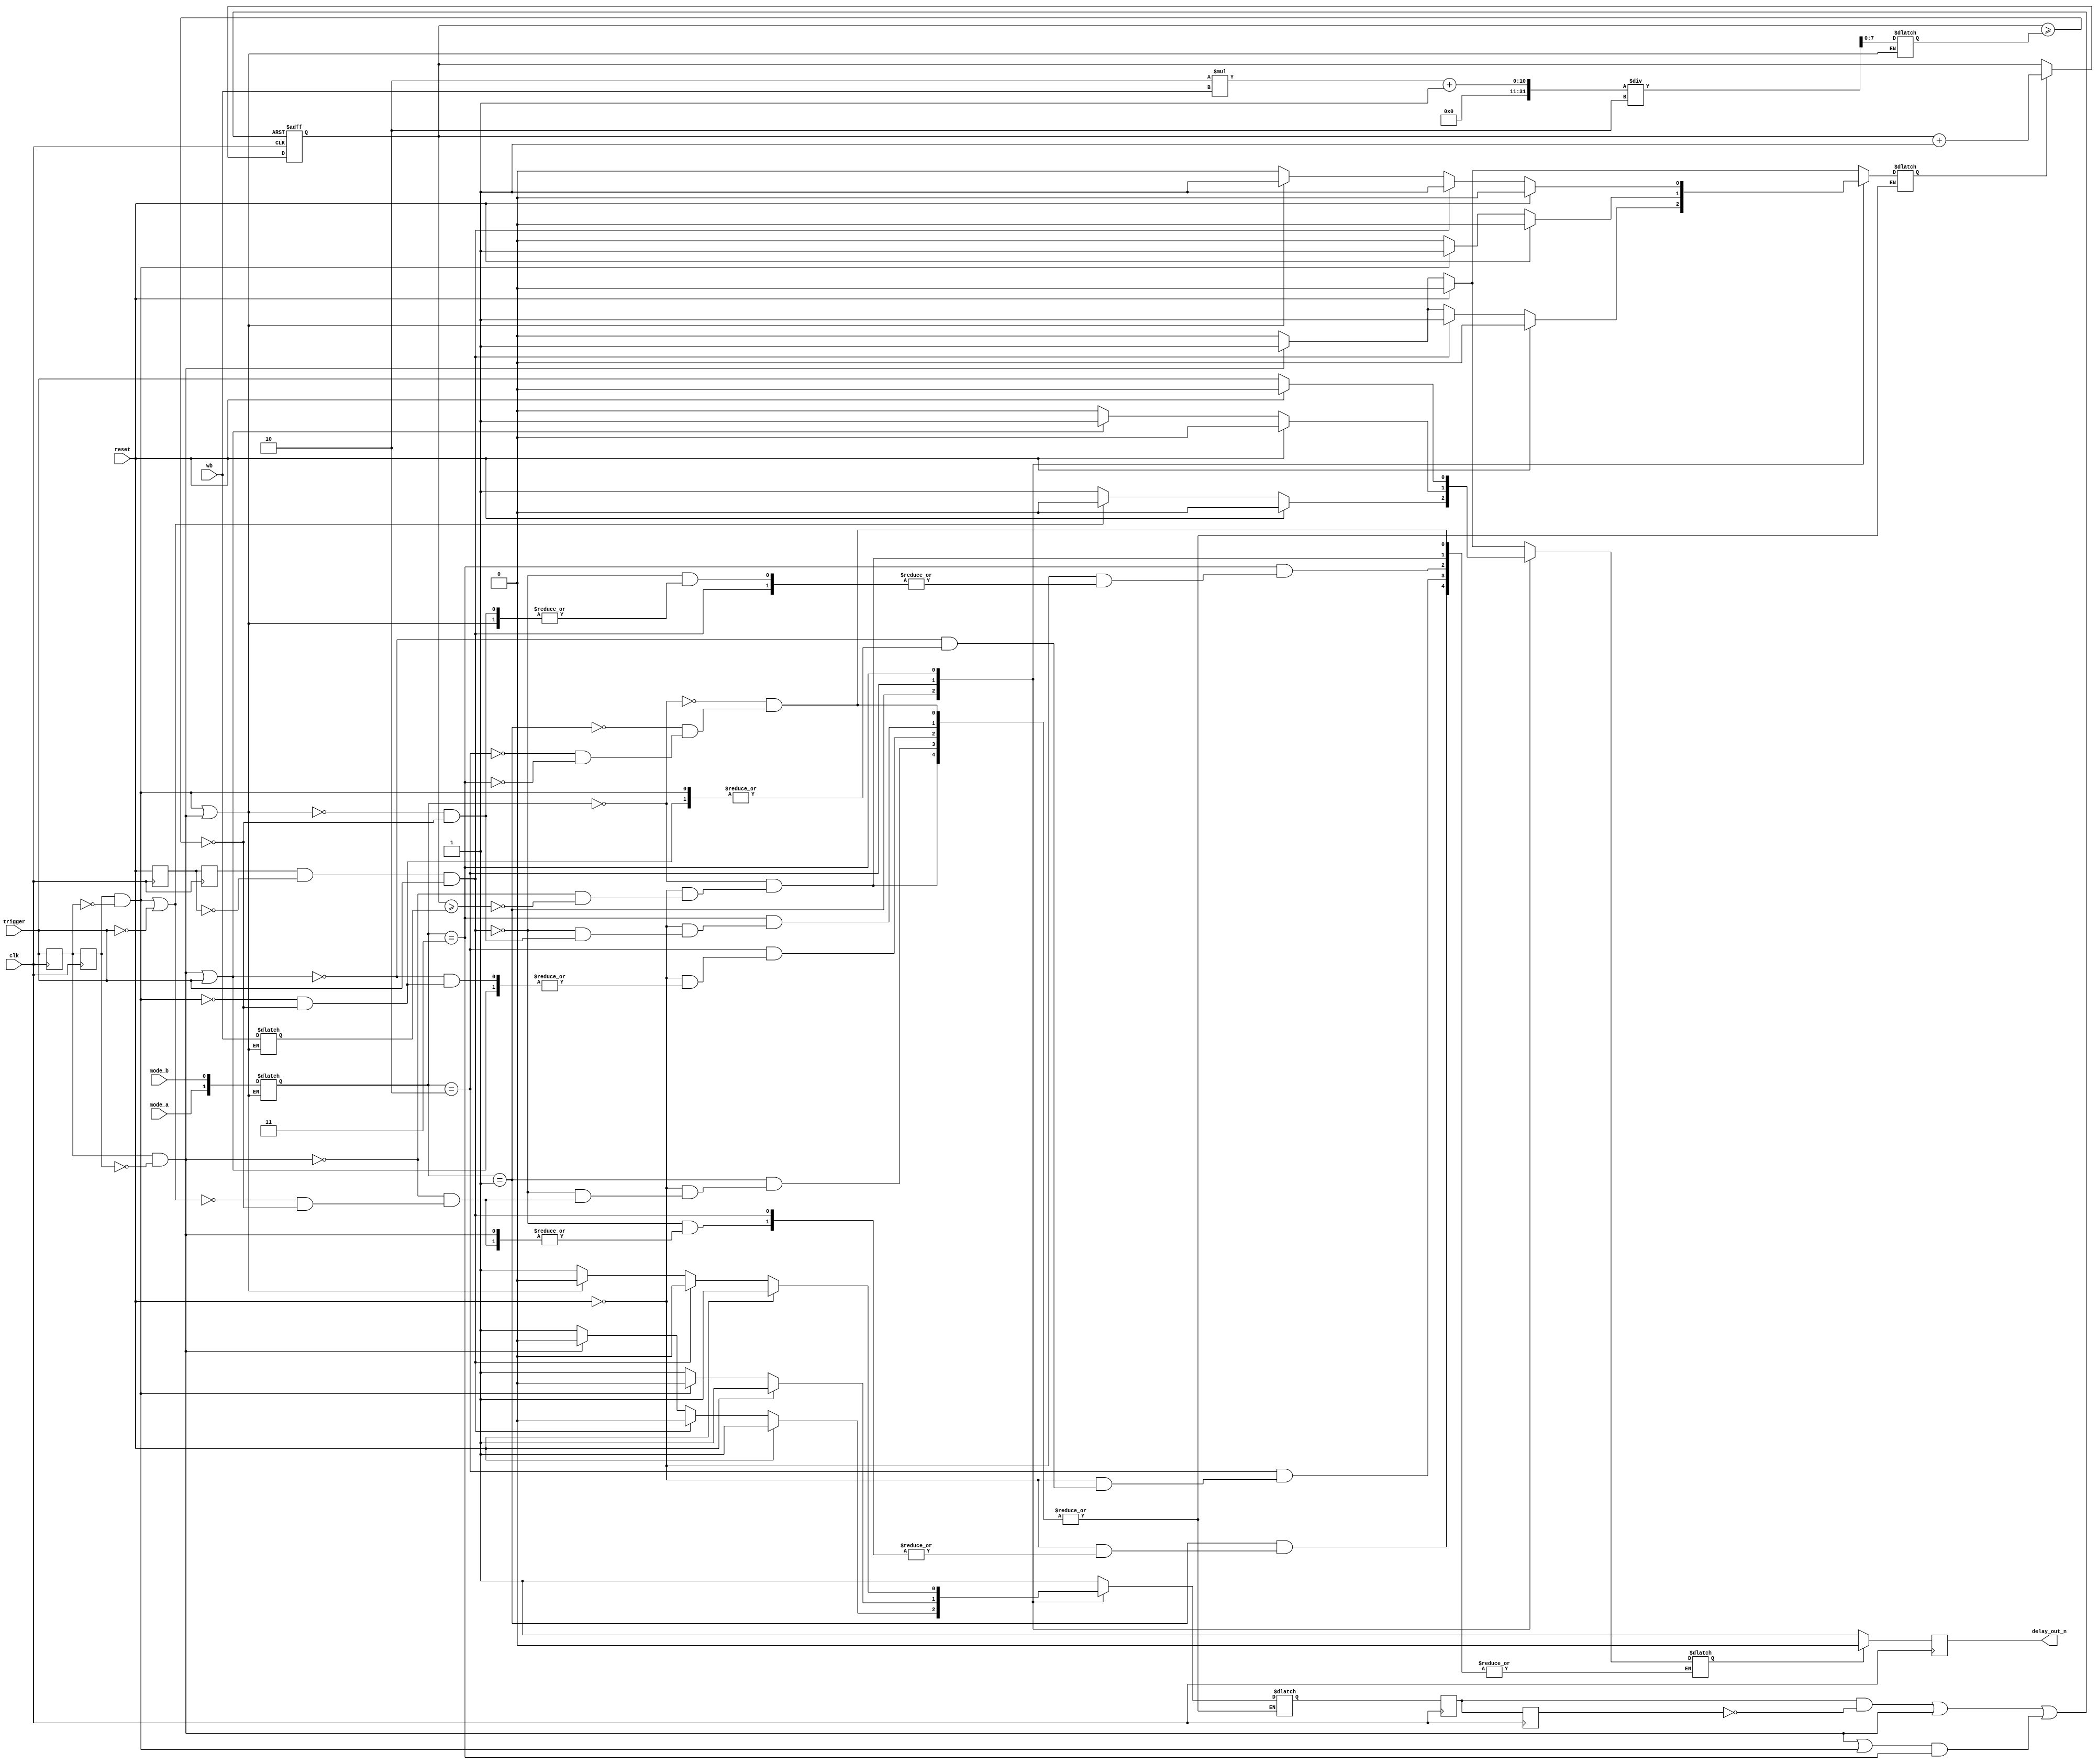
// Verilog project: Verilog code for delay timer LS7212 
 module delay_timer_ls7212  
 (   
      input [7:0] wb, // weighting bits  
      input clk, // clock input
      input reset, // timer reset  
      input trigger, // trigger input  
      input mode_a, mode_b, // mode bits A and B  
      output reg delay_out_n // delay output, active low  
 );  
 reg[7:0] PULSE_WIDTH ;  
 reg [7:0] DELAY;  
 reg [7:0] TIMER=0;  
 reg trigger_sync_1=0,trigger_sync_2=0;  
 wire trigger_rising,trigger_falling;  
 reg timer_start=0,out_low=0;  
 wire timer_clear2,timer_clear3,timer_clear;  
 reg [1:0] mode;  
 reg reset_timer1=0,reset_timer2=0,reset_timer=0;  
 wire reset_timer3,reset_det;  
 reg reset_det1=0,reset_det2=0;  
//fpga4student.com: FPga projects, Verilog projects, VHDL projects
 always @(posedge clk)  
 begin  
           trigger_sync_1 <= trigger; // the first Flip-Flop  
           trigger_sync_2 <= trigger_sync_1;// the second Flip-Flop  
           reset_timer1 <= reset_timer;  
           reset_timer2 <= reset_timer1;  
           reset_det1 <= reset;  
           reset_det2 <= reset_det1;  
 end  
 // Identify the zero to one transitions on trigger signal  
 assign trigger_rising = trigger_sync_1 & (~trigger_sync_2);   
 assign trigger_falling = trigger_sync_2 & (~trigger_sync_1);   
 assign reset_timer3 = reset_timer1 & (~reset_timer2);  
 assign reset_det = reset_det2 & (~reset_det1);  
 // sample Mode and wb  
 always @(trigger_rising,trigger_falling,mode_a,mode_b,wb)  
 begin  
      if(trigger_falling == 1 || trigger_rising == 1) begin  
           PULSE_WIDTH = wb;  
           DELAY = (2*wb + 1)/2;  
           mode = {mode_a,mode_b};  
      end  
 end  
 // modes  
 always @(mode,reset,trigger_falling,trigger_rising,TIMER,reset,trigger,PULSE_WIDTH,DELAY,reset_det)  
 begin  
      case(mode)  
                2'b00: // One-Shot Mode  
                          begin  
                               if(reset) begin  
                                    out_low <= 0;  
                                    timer_start <= 0;  
                                    reset_timer <= 1;  
                               end  
                               else if(trigger_rising==1) begin  
                                    out_low <= 1;  
                                    timer_start <= 1;  
                                    reset_timer <= 1;  
                                    end  
                               else if(TIMER>=PULSE_WIDTH) begin  
                                    out_low <= 0;  
                                    timer_start <= 0;  
                                    reset_timer <= 1;  
                               end  
                          end  
                2'b01: // Delayed Operate Mode  
                          begin  
                               if(reset) begin  
                                    out_low <= 0;  
                                    timer_start <= 0;  
                                    reset_timer <= 1;  
                               end  
                               else if(reset_det==1 && trigger==1) begin  
                                    timer_start <= 1;  
                                    reset_timer <= 0;  
                               end  
                               else if(trigger_rising==1) begin  
                                    timer_start <= 1;  
                                    reset_timer <= 0;  
                                    end  
                               else if(trigger_falling==1 || trigger == 0) begin  
                                    out_low <= 0;  
                                    reset_timer <= 1;  
                                    timer_start <= 0;  
                               end  
                               else if(TIMER >= DELAY) begin  
                                    out_low <= 1;  
                                    timer_start <= 0;  
                                    reset_timer <= 1;  
                               end  
                               //else  
                               //     reset_timer <= 0;  
                          end       
                2'b10: // Delayed Release Mode  
                          begin  
                               if(reset) begin  
                                    out_low <= 0;  
                                    timer_start <= 0;  
                                    reset_timer <= 1;  
                               end  
                               else if(trigger_rising==1 || trigger == 1) begin  
                                    out_low <= 1;  
                               end  
                               else if(trigger_falling==1 ) begin  
                                    timer_start <= 1;  
                                    reset_timer <= 0;  
                                    end  
                               else if(TIMER>=DELAY) begin  
                                    out_low <= 0;  
                                    timer_start <= 0;  
                                    reset_timer <= 1;  
                               end  
                          end       
                2'b11: // Delayed Dual Mode  
                          begin  
                               if(reset) begin  
                                    out_low <= 0;  
                                    timer_start <= 0;  
                                    reset_timer <= 1;  
                               end  
                               else if(reset_det==1 && trigger==1) begin  
                                    timer_start <= 1;  
                                    reset_timer <= 0;  
                               end  
                               else if(trigger_falling==1 || trigger_rising==1 ) begin  
                                    timer_start <= 1;  
                                    reset_timer <= 0;  
                                    end  
                               else if(TIMER>=DELAY) begin  
                                    out_low <= trigger;  
                                    timer_start <= 0;  
                                    reset_timer <= 1;  
                               end  
                          end  
           endcase  
 end  
//fpga4student.com: FPga projects, Verilog projects, VHDL projects
 // timer  
 always @(posedge clk or posedge timer_clear)  
 begin  
 if(timer_clear)   
      TIMER <= 0;  
 else if(timer_start)  
      TIMER <= TIMER + 1;  
 end  
 assign timer_clear = reset_timer3 | trigger_rising == 1 | timer_clear3 ;  
 assign timer_clear2 = (trigger_rising == 1)|(trigger_falling == 1);  
 assign timer_clear3 = timer_clear2 & (mode == 2'b11);  
 //delay output  
 always @(posedge clk)  
 begin  
      if(out_low == 1)  
           delay_out_n <= 0;  
      else  
           delay_out_n <= 1;  
 end  
 endmodule